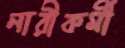
নারীকর্মী